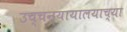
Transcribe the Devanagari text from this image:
उच्चन्यायालयाच्या